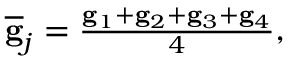
\begin{array} { r } { \overline { { \bf g } } _ { j } = \frac { { \bf g } _ { 1 } + { \bf g } _ { 2 } + { \bf g } _ { 3 } + { \bf g } _ { 4 } } { 4 } , } \end{array}